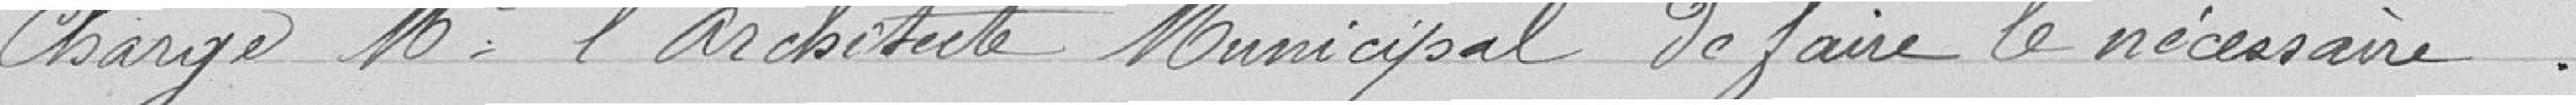
Charge Monsieur l'architecte municipal de faire le nécessaire.